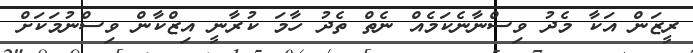
ރީޒަން އަކާ މެދު ވިސްނާނެކަމެއް ނެތް ތެދު ހާމަ ކުރާނީ އިޒްކާން ވިސްނުމަކަށް